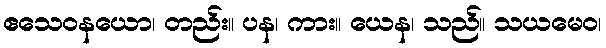
ဧသေဝနယော၊ တည်း။ ပန၊ ကား။ ယေန၊ သည်။ သယမေဝ၊